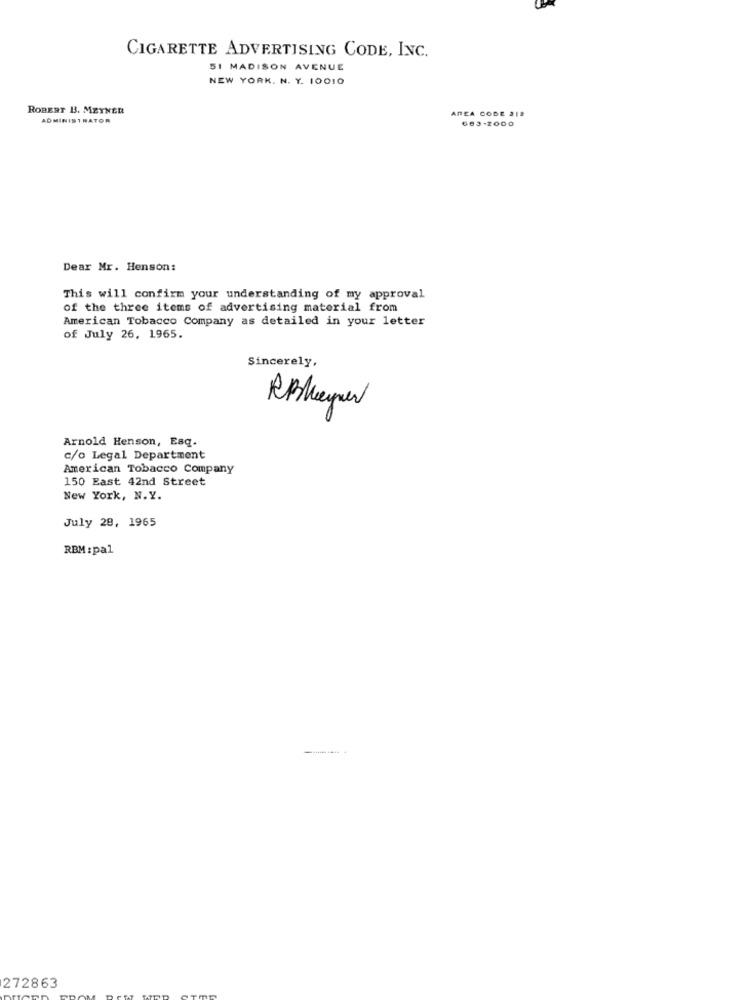
CIGARETTE ADVERTISING CODE, INC.
51 MADISON AVENUE
NEW YORK. N. Y. 10010
ROBERT B. MEYNER
AREA CODE 218
ADMINISTRATOR
663-2000
Dear Mr. Henson:
This will confirm your understanding of my approval
of the three items of advertising material from
American Tobacco Company as detailed in your letter
of July 26, 1965.
Sincerely,
Arnold Henson, Esq.
c/o Legal Department
American Tobacco Company
150 East 42nd Street
New York, N.Y.
July 29, 1965
RBM :pal
272863